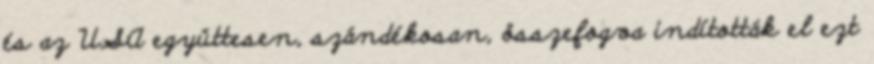
és az USA együttesen, szándékosan, összefogva indították el ezt